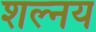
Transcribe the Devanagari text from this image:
शल्नय